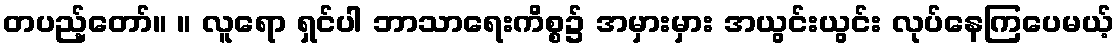
တပည့်တော်။ ။ လူရော ရှင်ပါ ဘာသာရေးကိစ္စ၌ အမှားမှား အယွင်းယွင်း လုပ်နေကြပေမယ့်